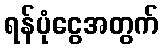
ရန်ပုံငွေအတွက်